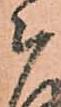
被